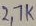
Text: 2.7K